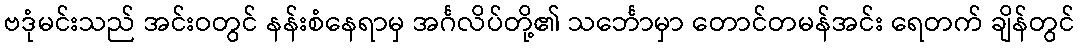
ဗဒုံမင်းသည် အင်းဝတွင် နန်းစံနေရာမှ အင်္ဂလိပ်တို့၏ သင်္ဘောမှာ တောင်တမန်အင်း ရေတက် ချိန်တွင်